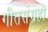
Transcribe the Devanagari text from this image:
गीतसंग्रहों